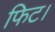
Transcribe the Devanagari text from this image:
फिट।